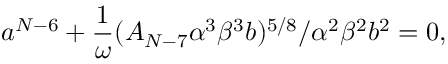
a ^ { N - 6 } + \frac { 1 } { \omega } ( A _ { N - 7 } \alpha ^ { 3 } \beta ^ { 3 } b ) ^ { 5 / 8 } / \alpha ^ { 2 } \beta ^ { 2 } b ^ { 2 } = 0 ,